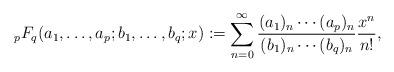
LaTeX: \begin{align*} {_p}F_q(a_1, \dots,a_p;b_1,\dots,b_q;x) := \sum_{n=0}^\infty \frac{(a_1)_n \cdots (a_p)_n}{(b_1)_n \cdots (b_q)_n} \frac{x^n}{n!},\end{align*}